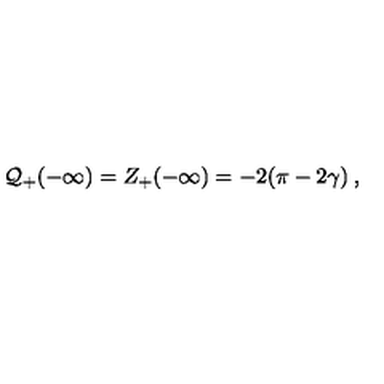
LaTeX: { \cal Q } _ { + } ( - \infty ) = Z _ { + } ( - \infty ) = - 2 ( \pi - 2 \gamma ) \: ,